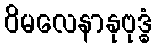
ဝိမလေနာနုဗုဒ္ဓံ